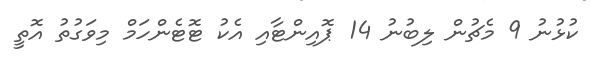
ކުޅުނު 9 މެޗުން ލިބުނު 14 ޕޮއިންޓާއި އެކު ޓޮޓެންހަމް މިވަގުތު އޮތީ